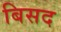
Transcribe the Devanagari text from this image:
बिसद